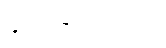
နိုင်ငံခြားဘာသာ